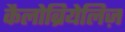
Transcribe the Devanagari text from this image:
कैलोब्रियेलिज़